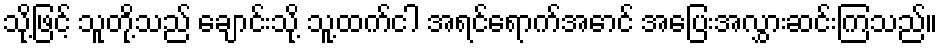
သို့ဖြင့် သူတို့သည် ချောင်းသို့ သူ့ထက်ငါ အရင်ရောက်အောင် အပြေးအလွှားဆင်းကြသည်။